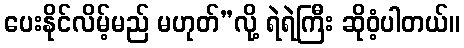
ပေးနိုင်လိမ့်မည် မဟုတ်”လို့ ရဲရဲကြီး ဆိုဝံ့ပါတယ်။